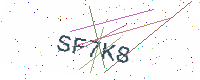
Text: SF7K8